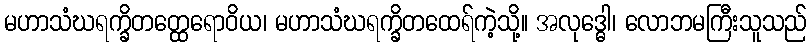
မဟာသံဃရက္ခိတတ္ထေရောဝိယ၊ မဟာသံဃရက္ခိတထေရ်ကဲ့သို့။ အလုဒ္ဓေါ၊ လောဘမကြီးသူသည်